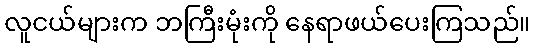
လူငယ်များက ဘကြီးမုံးကို နေရာဖယ်ပေးကြသည်။